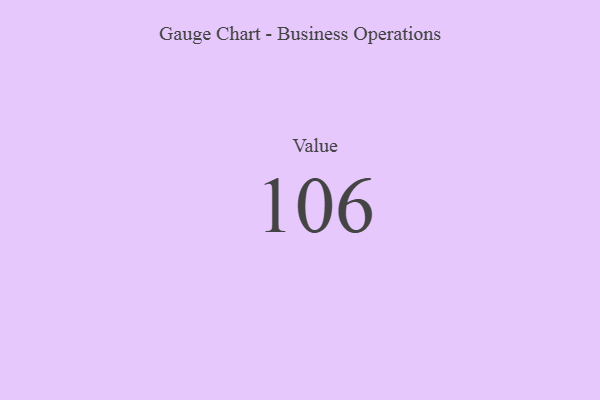
{"axis": {"x": "Metric", "y": "Value"}, "legend": [""], "data": [{"x": "Value", "y": 106, "type": ""}]}